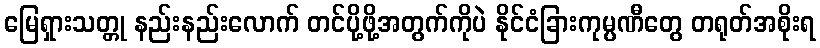
မြေရှားသတ္တု နည်းနည်းလောက် တင်ပို့ဖို့အတွက်ကိုပဲ နိုင်ငံခြားကုမ္ပဏီတွေ တရုတ်အစိုးရ